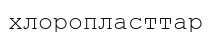
хлоропласттар